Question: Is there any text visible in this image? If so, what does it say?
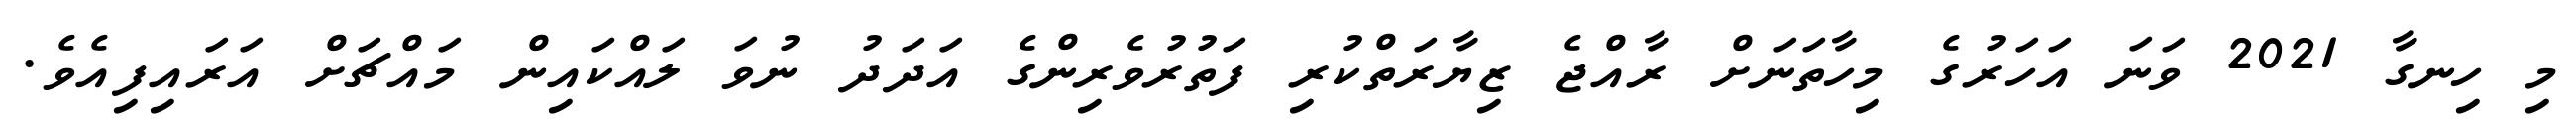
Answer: މި ހިނގާ 2021 ވަނަ އަހަރުގެ މިހާތަނަށް ރާއްޖެ ޒިޔާރަތްކުރި ފަތުރުވެރިންގެ އަދަދު ނުވަ ލައްކައިން މައްޗަށް އަރައިފިއެވެ.